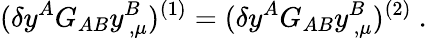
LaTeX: (\delta y^{A}G_{AB}y_{\, ,\mu}^{B})^{(1)}=(\delta y^{A}G_{AB}y_{\, ,\mu}^{B})^{(2)}~.